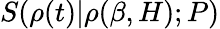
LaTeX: S(\rho(t)|\rho(\beta,H);P)